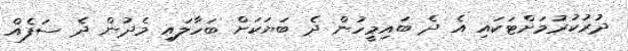
ދުރުކުރުމަށްޓަކައި އެ ދެ ބައިމީހުން ދެ ބަޔަކަށް ބަހާލައި މެދުން ދެ ސަފެއް